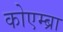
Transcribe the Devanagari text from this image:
कोएम्ब्रा